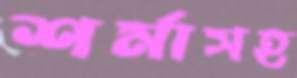
শর্মাসহ